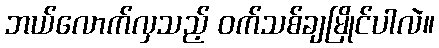
ဘယ်လောက်လှသည့် ဝက်သစ်ချမြိုင်ပါလဲ။